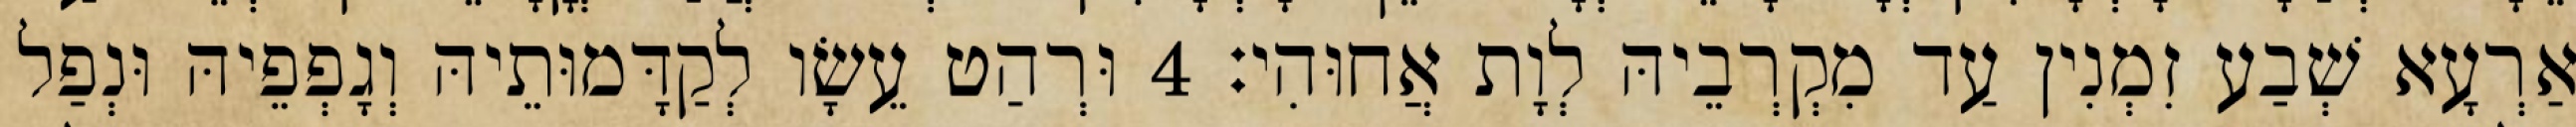
אַרְעָא שְׁבַע זִמְנִין עַד מִקְרְבֵיהּ לְוָת אֲחוּהִי׃ 4 וּרְהַט עֵשָׂו לְקַדָּמוּתֵיהּ וְגָפְפֵיהּ וּנְפַל